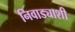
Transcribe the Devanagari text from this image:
निवाड्याशी